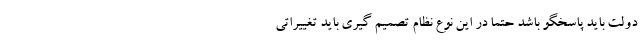
دولت باید پاسخگو باشد حتماً در این نوع نظام تصمیم گیری باید تغییراتی